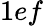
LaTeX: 1ef